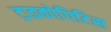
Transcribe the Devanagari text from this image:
ट्राइकोपिटिस